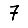
Digit: 7